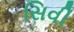
સિવી